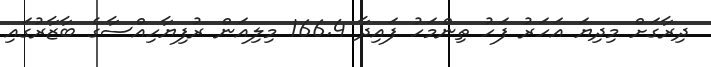
ދިރާގަށް މިދިޔަ އަހަރު ފަހު ތިންމަހު ފައިދާ 166.4 މިލިއަން ރުފިޔާހިއްސާގެ ބާޒާރުގައި